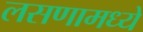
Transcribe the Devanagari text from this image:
लसणामध्ये